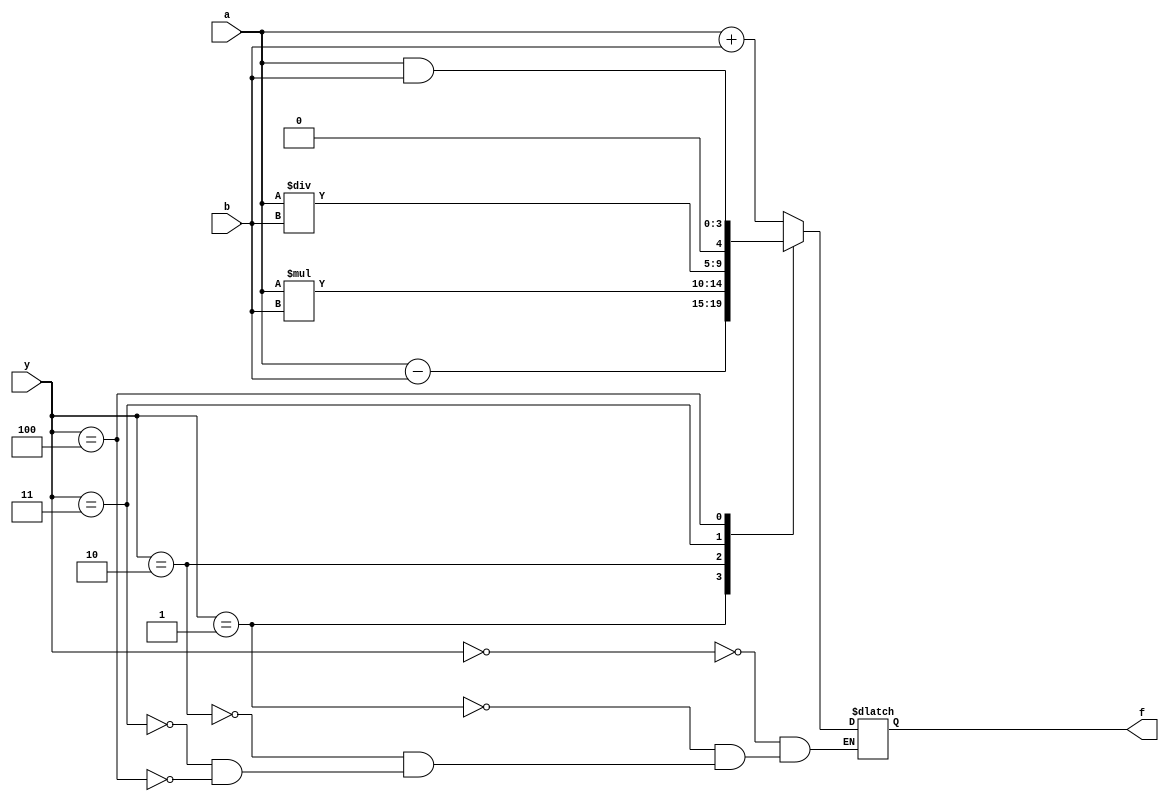
`timescale 1ns / 1ps


module ALU(f, a, b, y);
input [3:0]a,b;
input [2:0]y;
output reg [4:0]f;


parameter add =3'b000, sub =3'b001 , mul =3'b010, div =3'b011, andpr =3'b100;
always@(a,b,y)
begin
case (y)
add: f = a + b ;
sub: f = a - b ;
mul: f = a*b ;
div: f = a/b ;
andpr: f = a&b ;
endcase
end
endmodule